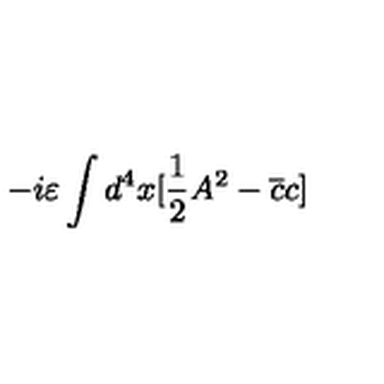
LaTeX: - i \varepsilon \int d ^ { 4 } x [ \frac { 1 } { 2 } A ^ { 2 } - \overline { { c } } c ]